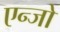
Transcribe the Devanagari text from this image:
एन्जो